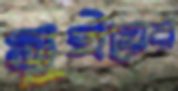
সুইয়ের